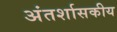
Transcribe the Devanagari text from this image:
अंतर्शासकीय